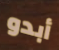
أبدو